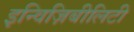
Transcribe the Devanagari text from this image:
इन्विज़िबीलिटी